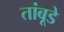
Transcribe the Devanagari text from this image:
तांबूडे